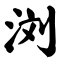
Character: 浏